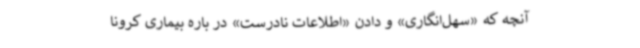
آنچه که «سهل‌انگاری» و دادن «اطلاعات نادرست» در باره بیماری کرونا